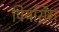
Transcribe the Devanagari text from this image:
पियर्सिंग